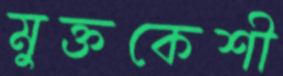
মুক্তকেশী